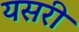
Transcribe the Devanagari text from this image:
यसरी